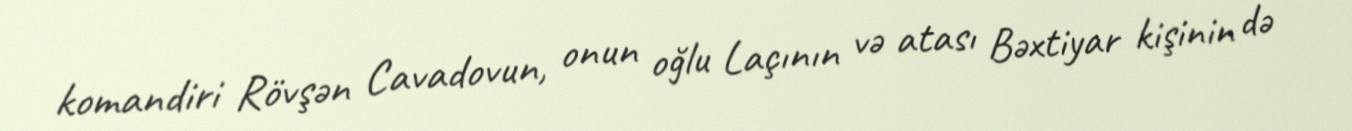
komandiri Rövşən Cavadovun, onun oğlu Laçının və atası Bəxtiyar kişinin də